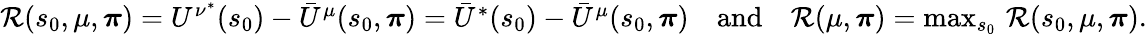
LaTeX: \begin{array}{r}{\mathcal{R}(s_{0},\mu,\boldsymbol{\pi})=U^{\nu^{*}}(s_{0})-\bar{U}^{\mu}(s_{0},\boldsymbol{\pi})=\bar{U}^{*}(s_{0})-\bar{U}^{\mu}(s_{0},\boldsymbol{\pi})\quad\mathrm{and}\quad\mathcal R(\mu,\boldsymbol{\pi})=\operatorname*{max}_{s_{0}}\, \mathcal{R}(s_{0},\mu,\boldsymbol{\pi}).}\end{array}